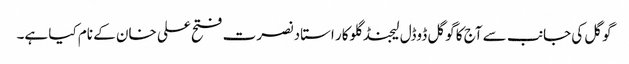
گوگل کی جانب سے آج کا گوگل ڈوڈل لیجنڈ گلوکار استاد نصرت فتح علی خان کے نام کیا ہے۔